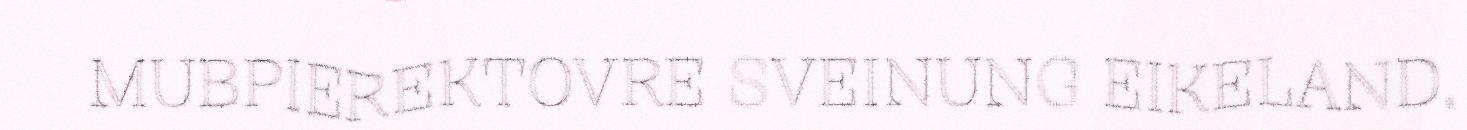
MUBPIEREKTOVRE SVEINUNG EIKELAND,